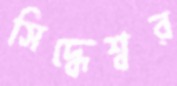
সিদ্ধেশ্বর